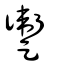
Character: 躗